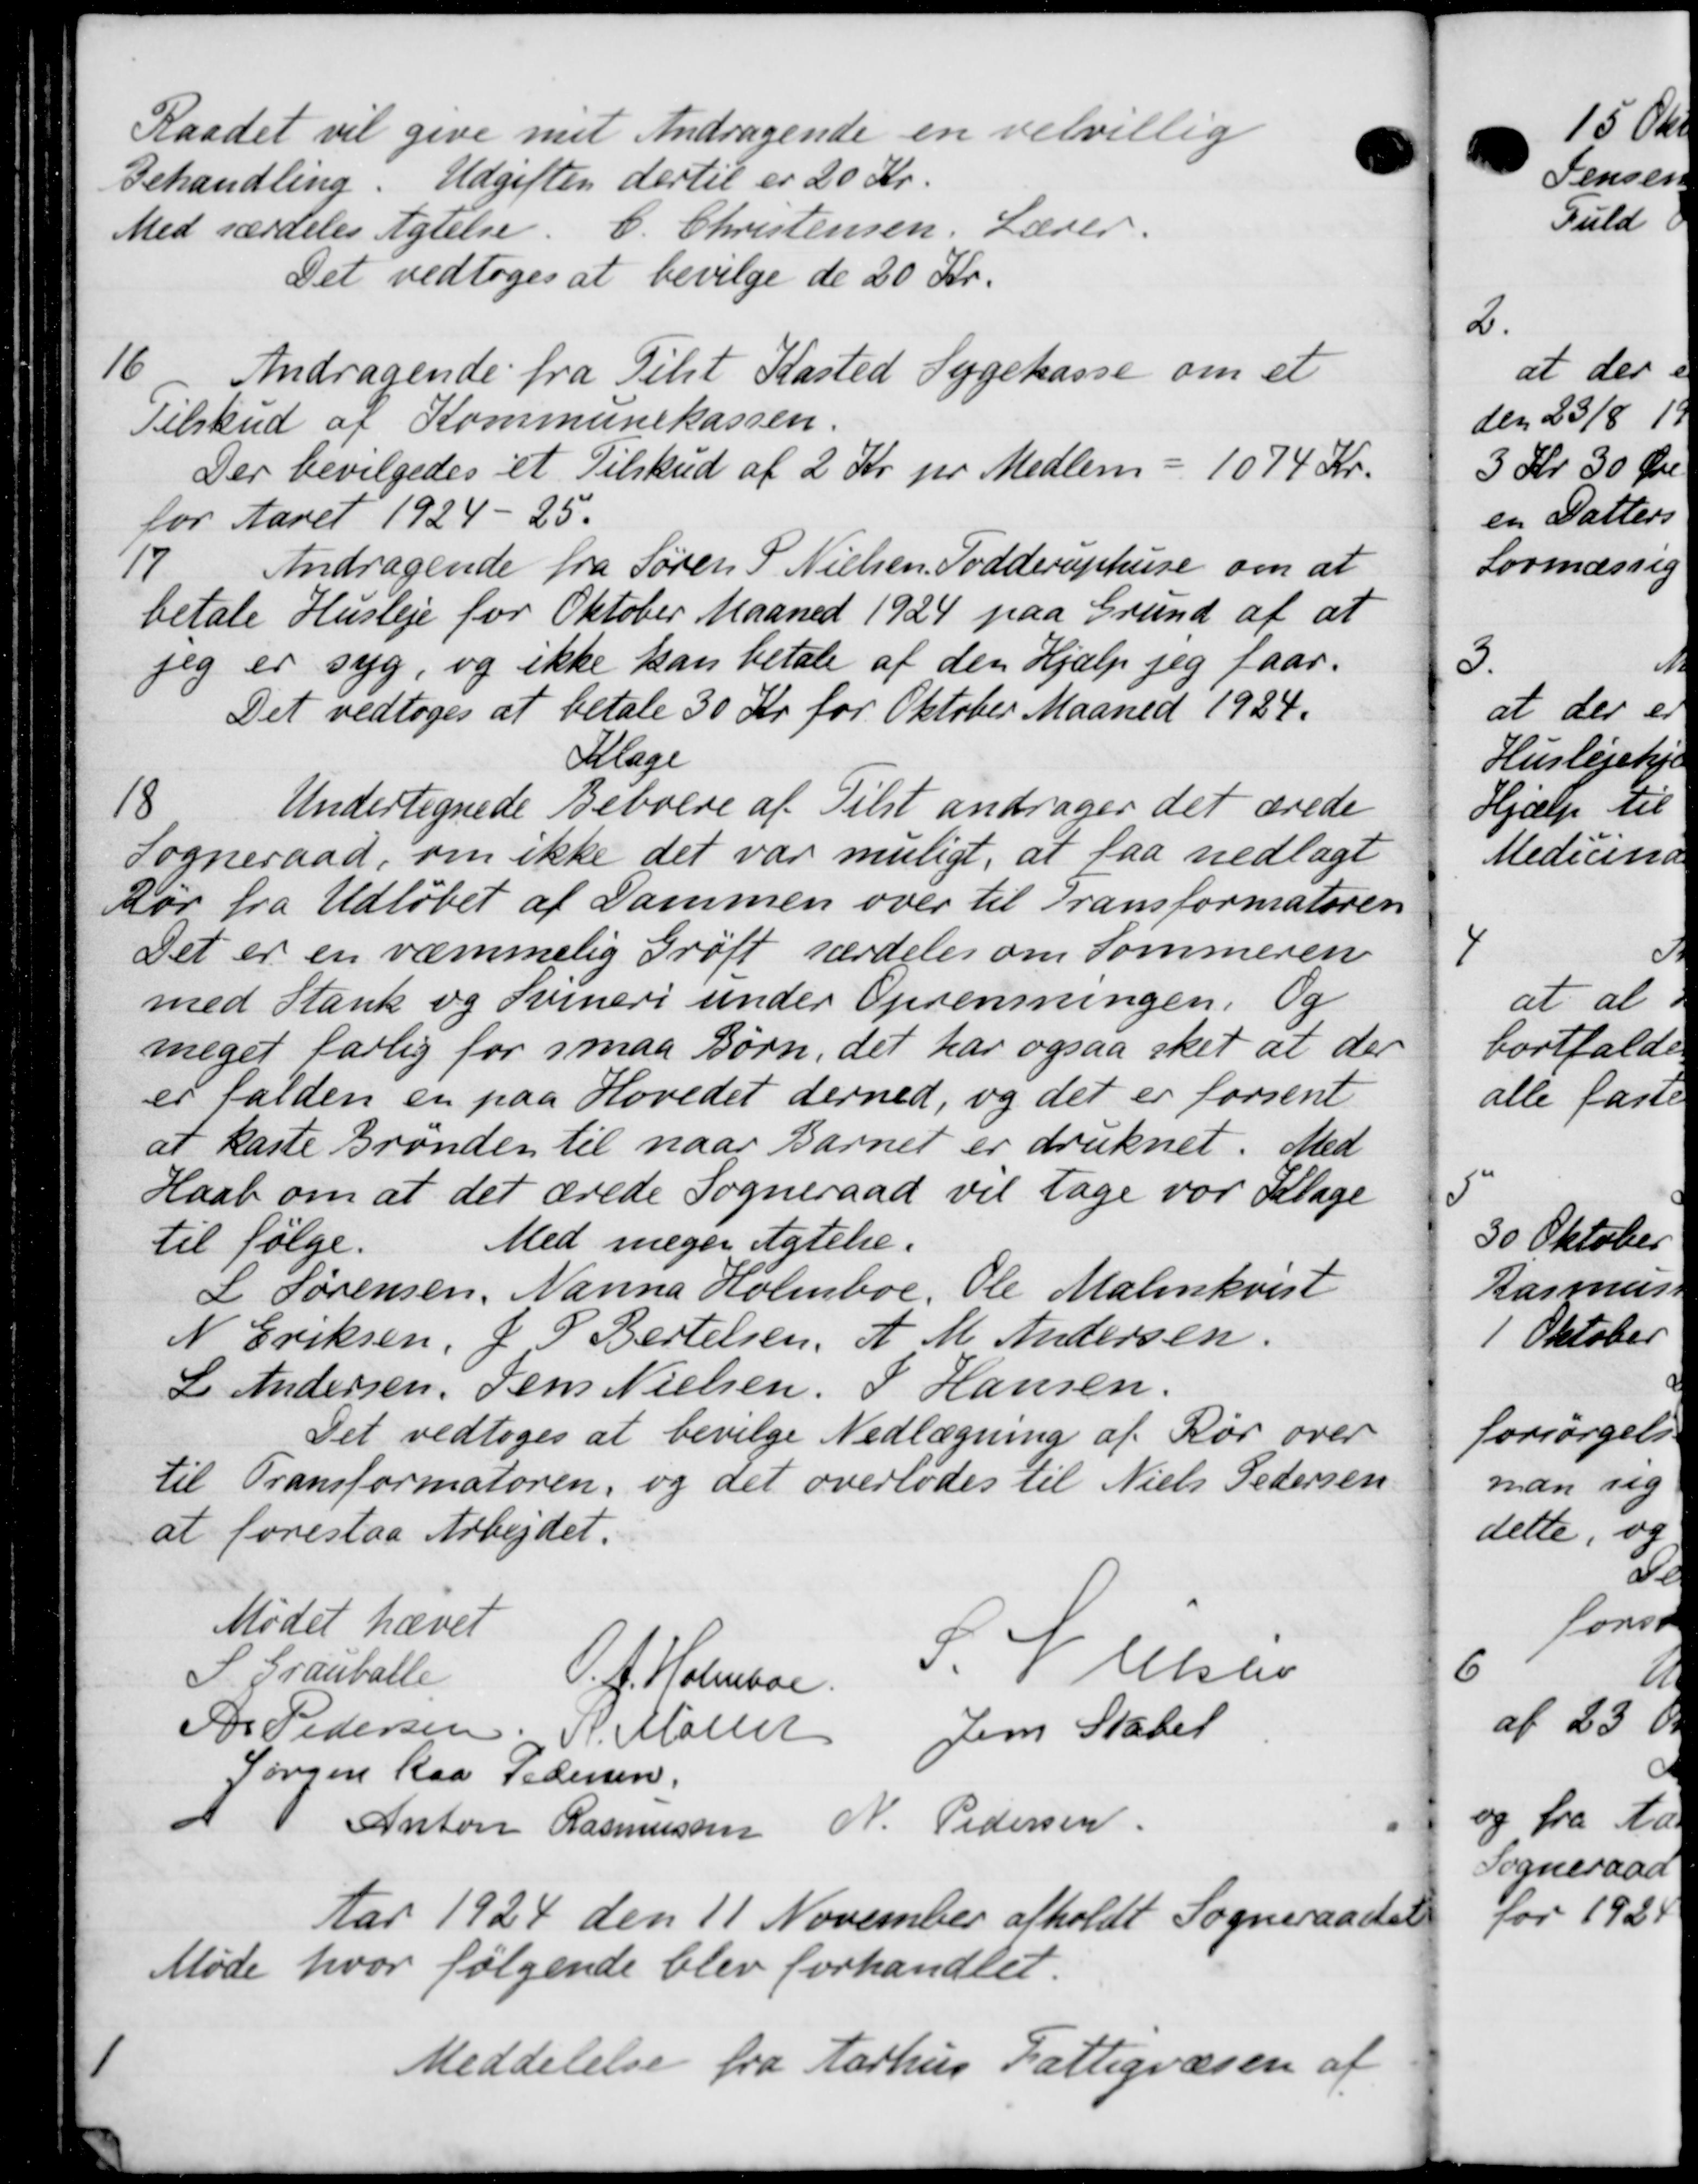
Transskription:
Raadet vil give met Andragende en velvillig
Behandling. Udgiften dertil er 20 Kr.
Med særdeles Agtelse. C. Christensen. Lærer.
Det vedtoges at bevilge de 20 Kr.
16.
Andragende fra Tilst Kasted Sygekasse om et
Tilskud af Kommunekassen.
Der bevilgedes et Tilskud af 2 Kr pr Medlem = 1074 Kr.
for Aaret 1924-25.
17
Andragende fra Søren P. Nielsen, Todderuphuse om at
betale Husleje for Oktober Maaned 1924 paa Grund af at
jeg er syg, og ikke kan betale af den Hjælp jeg faar.
Det vedtoges at betale 30 Kr for Oktober Maaned 1924.
Klage
18
Undertegnede Beboere af Tilst andrager det ærede
Sogneraad, om ikke det var muligt, at faa nedlagt
Aor fra Udløbet af Sammen over til Transformateren
Det er en værmelig Grøft særdeles om Sommeren
med Stank og Svineri under Oprensningen. Og
meget farlig for smaa Børn, det har ogsaa sket at der
er falden en paa Hovedet derned, og det er forsent
at kaste Brønden til naar Barnet er druknet. Med
Haab om at det ærede Sogneraad vil tage var Klage
til følge.
Med megen Agtelse.
L Sørensen, Nanna Holmboe, Ole Malerskvist
N Eriksen, J. P. Bertelsen, A. M. Andersen.
L Andersen Jens Nielsen P Hansen.
Det vedtoges at bevilge Nedlægning af Rør over
til Transformateren, og det overlodes til Niels Pedersen
at foreslaa Arbejdet.
Mødet hævet
S. Grauballe
O. J. Holmboe
S. Nielsen
Fr Pedersen N. Møller
Jens Statet
Jørgen Kaa Pedersen
Anton Rasmussen N. Pedersen
Aar 1924 den 11 November afholdt Sogneraadet
Møde hvor følgende blev forhandlet.
1
Meddelelse fra Aarhus Fattigvæse 10 af